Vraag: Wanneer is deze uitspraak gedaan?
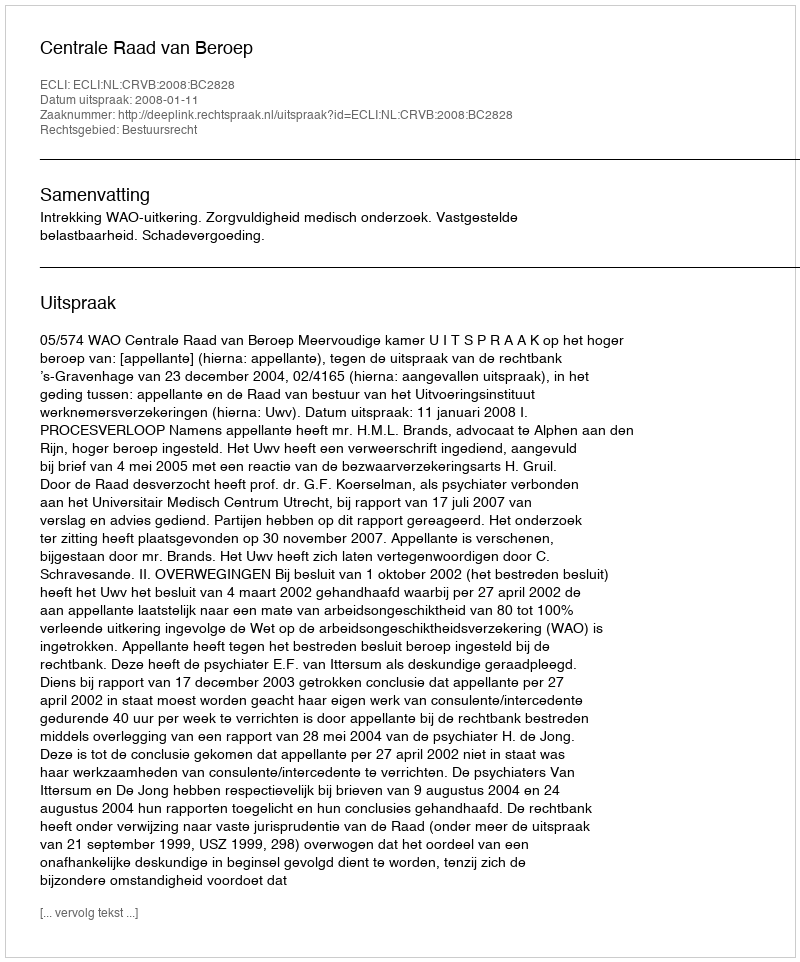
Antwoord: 2008-01-11